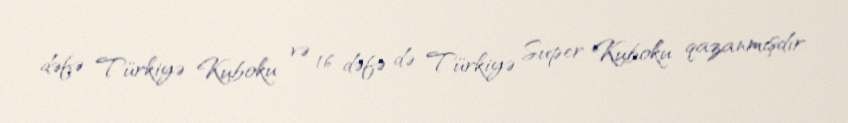
dəfə Türkiyə Kuboku və 16 dəfə də Türkiyə Super Kuboku qazanmışdır.